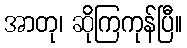
အာတု၊ ဆိုကြကုန်ပြီ။